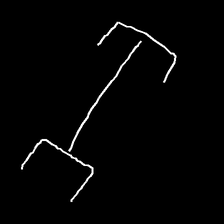
Glyph: entwine